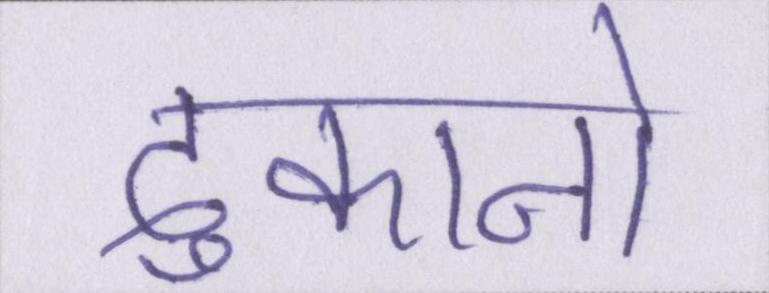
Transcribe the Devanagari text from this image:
दुकानो